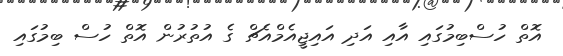
އޮތް ހުސްބިމުގައި އާއި އަދި އައިޖީއެމްއެޗް ގެ އުތުރުން އޮތް ހުސް ބިމުގައި